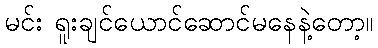
မင်း ရူးချင်ယောင်ဆောင်မနေနဲ့တော့။